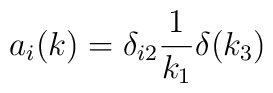
a_i(k)=\delta_{i2}\frac{1}{k_1}\delta(k_3)